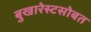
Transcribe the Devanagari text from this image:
बुखारेस्टसोबत